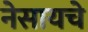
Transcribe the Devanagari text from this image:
नेसायचे